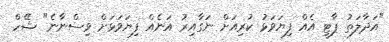
"އަދާލަތު ޕާޓީ އެއް ފިޔަވަޅު ކުރިއަށް ނަގާއިރު އަނެއް ފިޔަވަޅަށް ވިސްނާނެ" ޝޭހް